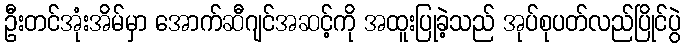
ဦးတင်အုံးအိမ်မှာ အောက်ဆီဂျင်အဆင့်ကို အထူးပြုခဲ့သည် အုပ်စုပတ်လည်ပြိုင်ပွဲ